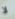
لا